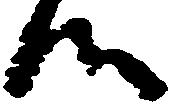
候